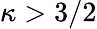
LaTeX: \kappa>3/2